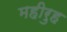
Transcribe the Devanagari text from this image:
महीरुह